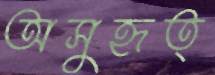
অসুহৃত্